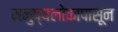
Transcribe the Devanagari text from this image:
मनुष्यलोकापासून